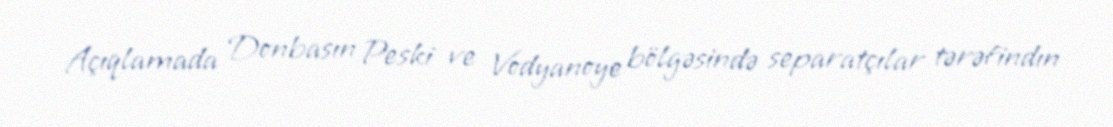
Açıqlamada Donbasın Peski ve Vodyanoye bölgəsində separatçılar tərəfindın